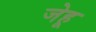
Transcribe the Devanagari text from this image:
जेहू